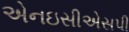
એનઇસીએસપી